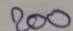
200